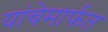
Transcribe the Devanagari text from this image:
यांचेमार्फत